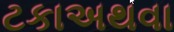
ટકાઅથવા